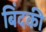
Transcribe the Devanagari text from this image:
बिंदकी